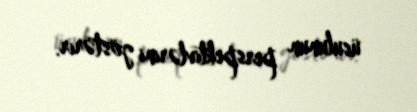
üsulunun perspektivlərini göstərir.